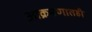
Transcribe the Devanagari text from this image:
आक्रमणातही